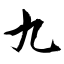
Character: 九